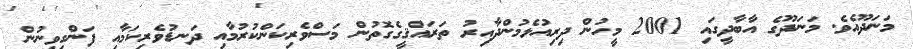
މަނަދޫއެވެ. މަނަދޫގެ އާބާދީގައި 2001 މީހުން ދިރިއުޅެމުންދާއިރު ތަރައްޤީގެގޮތުން މަސްވެރިކަންކުރުމާއި ދަނޑުވެރިކަމާއި ފަންގިވިނުން